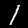
Digit: 1